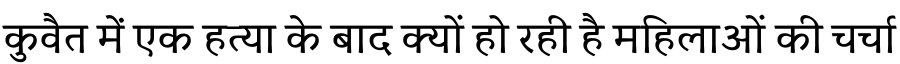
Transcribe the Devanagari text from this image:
कुवैत में एक हत्या के बाद क्यों हो रही है महिलाओं की चर्चा